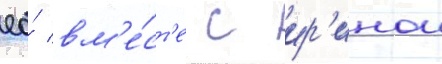
ео́ вм'е́ст'е с ир'инои